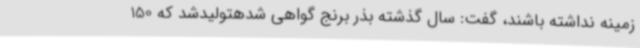
زمینه نداشته باشند، گفت: سال گذشته بذر برنج گواهی شدهتولیدشد که 150